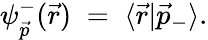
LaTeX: \psi_{\vec{p}}^{-}(\vec{r})\; =\; \langle\vec{r}|\vec{p}_{-}\rangle.